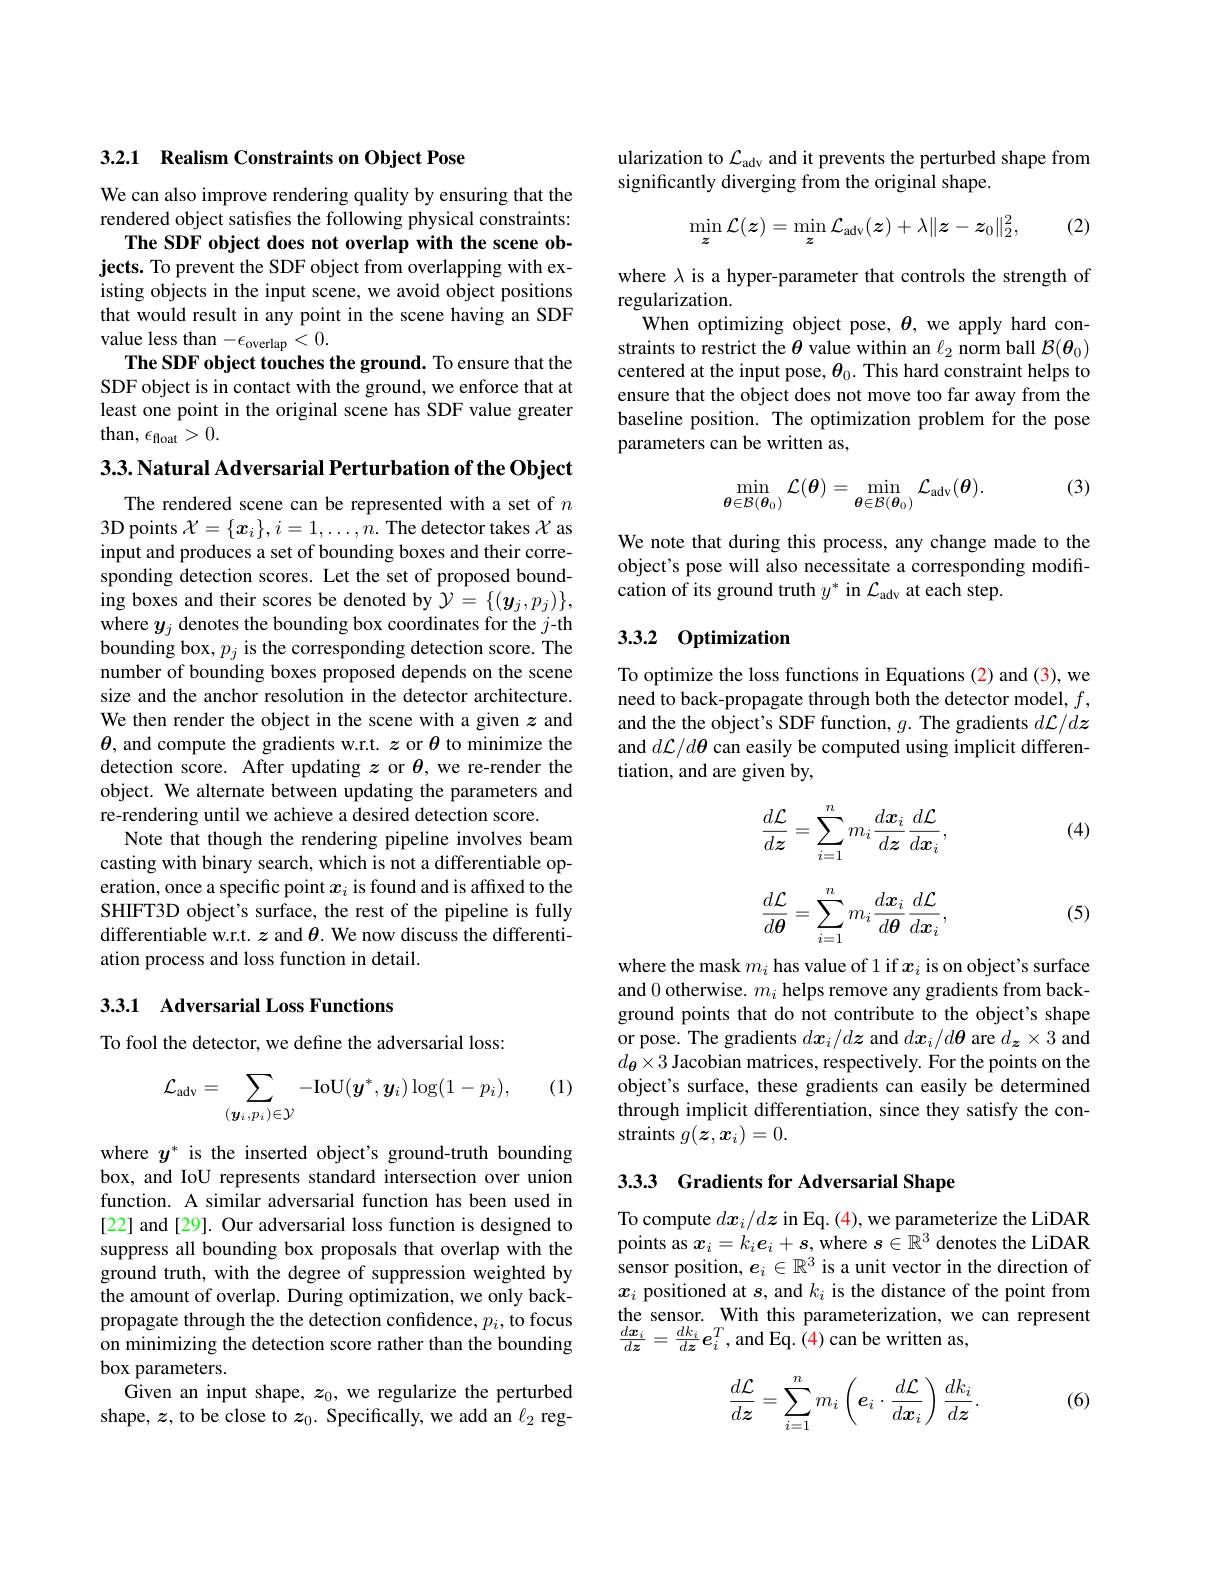
3.2.1 Realism Constraints on Object Pose

We can also improve rendering quality by ensuring that the rendered object satisfies the following physical constraints:
The SDF object does not overlap with the scene objects. To prevent the SDF object from overlapping with existing objects in the input scene, we avoid object positions that would result in any point in the scene having an SDF value less than $-\epsilon_\mathrm{overlap}<0.$
The SDF object touches the ground. To ensure that the SDF object is in contact with the ground, we enforce that at least one point in the original scene has SDF value greater ${\mathrm{than,~}\epsilon_{\mathrm{float}}>0.}$

3.3. Natural Adversarial Perturbation of the Object

The rendered scene can be represented with a set of $n$ 3D points $\mathcal{X}=\{x_i\},i=1,\ldots,n.$ The detector takes $\mathcal{X}$ as input and produces a set of bounding boxes and their corresponding detection scores. Let the set of proposed bounding boxes and their scores be denoted by $\mathcal{Y}=\{(\boldsymbol{y}_j,p_j)\}$, where $y_j$ denotes the bounding box coordinates for the $j$-th bounding box, $p_j$ is the corresponding detection score. The number of bounding boxes proposed depends on the scene size and the anchor resolution in the detector architecture. We then render the object in the scene with a given $z$ and $\boldsymbol{\theta}$, and compute the gradients w.r.t. $z$ or $\theta$ to minimize the detection score. After updating $z$ or $\theta$, we re-render the object. We alternate between updating the parameters and re-rendering until we achieve a desired detection score.
Note that though the rendering pipeline involves beam casting with binary search, which is not a differentiable operation, once a specific point $x_i$ is found and is affixed to the SHIFT3D object's surface, the rest of the pipeline is fully differentiable w.r.t. $z$ and $\theta.$ We now discuss the differentiation process and loss function in detail.

### 3.3.1 Adversarial Loss Functions

To fool the detector, we define the adversarial loss:

(1)
$$\mathcal{L}_{\mathrm{adv}}=\sum_{(\boldsymbol{y}_i,p_i)\in\mathcal{Y}}-\mathrm{IoU}(\boldsymbol{y}^*,\boldsymbol{y}_i)\log(1-p_i),$$
where $y^*$ is the inserted object's ground-truth bounding box, and IoU represents standard intersection over union function. A similar adversarial function has been used in [22] and[29]. Our adversarial loss function is designed to suppress all bounding box proposals that overlap with the ground truth, with the degree of suppression weighted by the amount of overlap. During optimization, we only backpropagate through the the detection confidence, $p_i$, to focus on minimizing the detection score rather than the bounding box parameters.
Given an input shape, $z_0$, we regularize the perturbed shape, $z$, to be close to $z_0.$ Specifically, we add an $\ell_2$ reg-

ularization to $\mathcal{L}_\mathrm{adv}$ and it prevents the perturbed shape from
significantly diverging from the original shape.

(2)
$$\min_{z}\mathcal{L}(z)=\min_{z}\mathcal{L}_{\mathrm{adv}}(z)+\lambda\|z-z_{0}\|_{2}^{2},$$
where $\lambda$ is a hyper-parameter that controls the strength of
regularization.
When optimizing object pose, $\theta$, we apply hard constraints to restrict the $\theta$ value within an $\ell_2$ norm ball $\mathcal{B}(\boldsymbol{\theta}_0)$ centered at the input pose, $\boldsymbol\theta_0.$ This hard constraint helps to ensure that the object does not move too far away from the baseline position. The optimization problem for the pose parameters can be written as,

(3)
$$\min_{\boldsymbol{\theta}\in\mathcal{B}(\boldsymbol{\theta}_0)}\mathcal{L}(\boldsymbol{\theta})=\min_{\boldsymbol{\theta}\in\mathcal{B}(\boldsymbol{\theta}_0)}\mathcal{L}_{\mathrm{adv}}(\boldsymbol{\theta}).$$
We note that during this process, any change made to the object's pose will also necessitate a corresponding modification of its ground truth $y^*$ in $\mathcal{L}_\mathrm{adv}$ at each step.

## 3.3.2 0ptimization

To optimize the loss functions in Equations (2) and (3), we need to back-propagate through both the detector model, $f$, and the the object's SDF function, $g.$ The gradients $d\mathcal{L}/dz$ and $d\mathcal{L}/d\boldsymbol{\theta}$ can easily be computed using implicit differentiation, and are given by,

(4)
$$\frac{d\mathcal{L}}{d\boldsymbol{z}}=\sum_{i=1}^nm_i\frac{d\boldsymbol{x}_i}{d\boldsymbol{z}}\frac{d\mathcal{L}}{d\boldsymbol{x}_i},$$
$$\frac{d\mathcal{L}}{d\boldsymbol{\theta}}=\sum_{i=1}^nm_i\frac{d\boldsymbol{x}_i}{d\boldsymbol{\theta}}\frac{d\mathcal{L}}{d\boldsymbol{x}_i},$$
(5)

where the mask $m_i$ has value of 1 if $x_i$ is on object's surface and 0 otherwise. $m_i$ helps remove any gradients from background points that do not contribute to the object's shape or pose. The gradients $d\boldsymbol x_i/d\boldsymbol z$ and $d\boldsymbol x_i/d\boldsymbol{\theta}$ are $d_\boldsymbol{z}\times3$ and $d_{\boldsymbol{\theta}}\times3$ Jacobian matrices, respectively. For the points on the object's surface, these gradients can easily be determined through implicit differentiation, since they satisfy the constraints $g(\boldsymbol{z},\boldsymbol{x}_i)=0.$

3.33 Gradients for Adversarial Shape

To compute $dx_i/dz$ in Eq. (4), we parameterize the LiDAR points as $x_i=k_ie_i+\boldsymbol{s}$,where $s\in\mathbb{R}^3$ denotes the LiDAR sensor position, $e_i\in\mathbb{R}^3$ is a unit vector in the direction of $x_i$ positioned at $s$, and $k_i$ is the distance of the point from $\begin{array}{l}\mathrm{the~sensor.~With~this~parameterization,~we~can~represent}\\\frac{dx_i}{dz}=\frac{dk_i}{dz}e_i^T,\mathrm{and~Eq.~(4)~can~be~written~as,}\end{array}$

(6)
$$\frac{d\mathcal{L}}{dz}=\sum_{i=1}^nm_i\left(e_i\cdot\frac{d\mathcal{L}}{dx_i}\right)\frac{dk_i}{dz}.$$